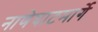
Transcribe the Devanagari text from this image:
नाणेघाटमार्गे